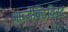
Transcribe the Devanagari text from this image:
आब्जेक्टिविस्ट